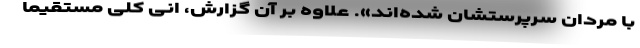
با مردان سرپرستشان شده‌اند». علاوه‌ بر آن گزارش، انی کلی مستقیماً